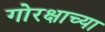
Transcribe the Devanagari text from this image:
गोरक्षाच्या